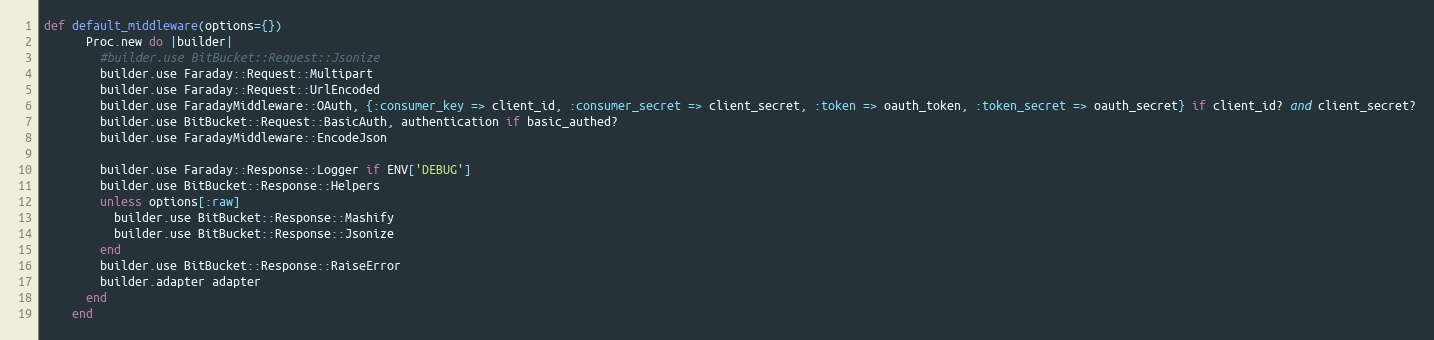
Language: Ruby
def default_middleware(options={})
      Proc.new do |builder|
        #builder.use BitBucket::Request::Jsonize
        builder.use Faraday::Request::Multipart
        builder.use Faraday::Request::UrlEncoded
        builder.use FaradayMiddleware::OAuth, {:consumer_key => client_id, :consumer_secret => client_secret, :token => oauth_token, :token_secret => oauth_secret} if client_id? and client_secret?
        builder.use BitBucket::Request::BasicAuth, authentication if basic_authed?
        builder.use FaradayMiddleware::EncodeJson

        builder.use Faraday::Response::Logger if ENV['DEBUG']
        builder.use BitBucket::Response::Helpers
        unless options[:raw]
          builder.use BitBucket::Response::Mashify
          builder.use BitBucket::Response::Jsonize
        end
        builder.use BitBucket::Response::RaiseError
        builder.adapter adapter
      end
    end